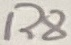
Text: R8